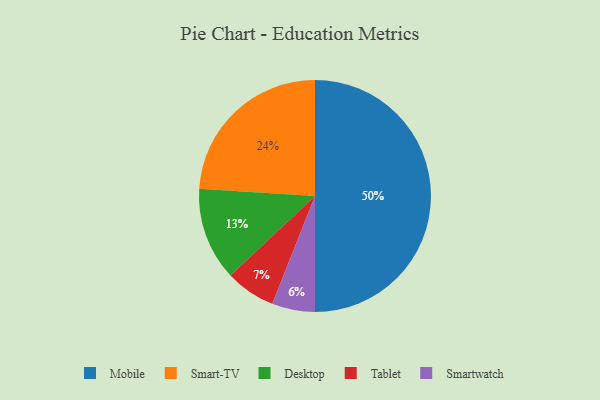
{"axis": {"x": "Category", "y": "Percentage"}, "legend": ["Desktop", "Mobile", "Smart-TV", "Smartwatch", "Tablet"], "data": [{"x": "Desktop", "y": 13, "type": "Desktop"}, {"x": "Tablet", "y": 7, "type": "Tablet"}, {"x": "Mobile", "y": 50, "type": "Mobile"}, {"x": "Smartwatch", "y": 6, "type": "Smartwatch"}, {"x": "Smart-TV", "y": 24, "type": "Smart-TV"}]}